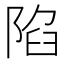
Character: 陷